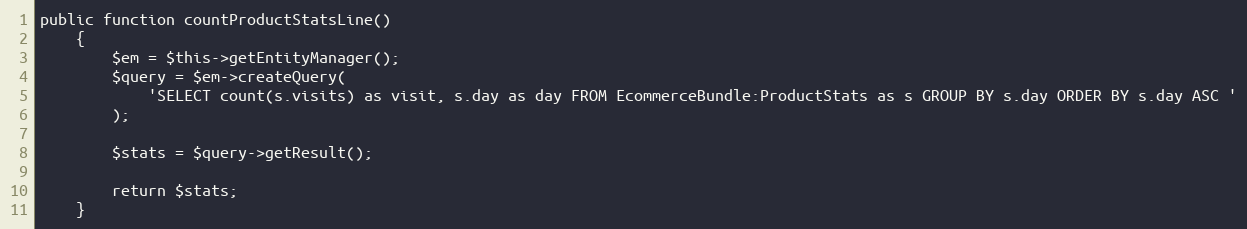
Language: PHP
public function countProductStatsLine()
    {
        $em = $this->getEntityManager();
        $query = $em->createQuery(
            'SELECT count(s.visits) as visit, s.day as day FROM EcommerceBundle:ProductStats as s GROUP BY s.day ORDER BY s.day ASC '
        );

        $stats = $query->getResult();

        return $stats;
    }